画像に写った文字を読んでください
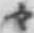
「々」と書いてあります